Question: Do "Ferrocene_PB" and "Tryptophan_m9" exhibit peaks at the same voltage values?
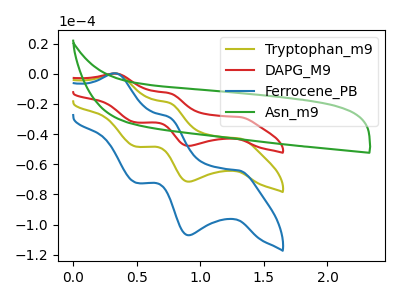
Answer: <think>The olive curve "Tryptophan_m9" has anodic peaks at (0.35V, 0.20uA) (0.75V, -19.30uA) and cathodic peaks at (1.30V, -42.90uA) (0.90V, -71.55uA) (0.50V, -48.30uA). The red curve "DAPG_M9" has anodic peaks at (0.35V, 0.10uA) (0.75V, -12.90uA) and cathodic peaks at (1.30V, -28.65uA) (0.90V, -47.80uA) (0.50V, -32.30uA). The blue curve "Ferrocene_PB" has anodic peaks at (0.35V, 0.35uA) (0.75V, -38.55uA) and cathodic peaks at (1.30V, -85.80uA) (0.90V, -143.15uA) (0.50V, -96.60uA). The green curve "Asn_m9" has no peaks.</think>
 <answer>Yes, "Ferrocene_PB" have a peak in "Tryptophan_m9" at the same potential.</answer>
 <eval>match</eval>